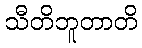
သီတိဘူတာတိ